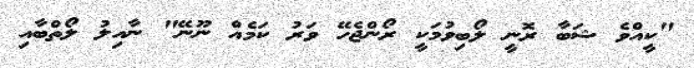
"ކީއްވެ ޝަބާ ރޮނީ ލޯބިވުމަކީ ރޯންޖެހޭ ވަރު ކަމެއް ނޫނޭ" ނާއިލު ލޯތްބާއި